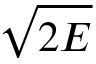
\sqrt { 2 E }